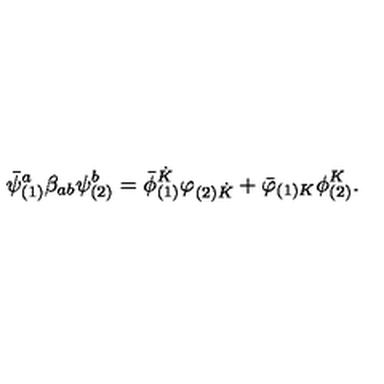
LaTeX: { { \bar { \psi } } _ { ( 1 ) } ^ { a } } \beta _ { a b } \psi _ { ( 2 ) } ^ { b } = { { \bar { \phi } } _ { ( 1 ) } ^ { \dot { K } } } \varphi _ { ( 2 ) { \dot { K } } } + { { \bar { \varphi } } _ { ( 1 ) K } } \phi _ { ( 2 ) } ^ { K } .